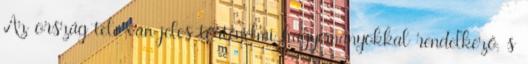
Az ország tele van jeles történelmi hagyományokkal rendelkező, s